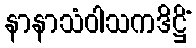
နာနာသံဝါသကဒိဋ္ဌိံ